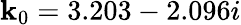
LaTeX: \mathbf{k}_{0}=3.203-2.096i